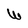
Character: W